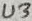
Text: U3